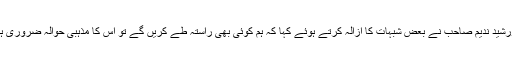
خورشید ندیم صاحب نے بعض شبہات کا ازالہ کرتے ہوئے کہا کہ ہم کوئی بھی راستہ طے کریں گے تو اس کا مذہبی حوالہ ضروری ہے۔